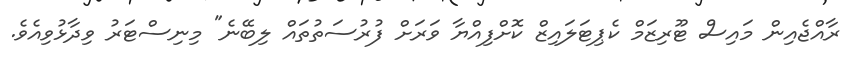
ރާއްޖެއިން މައިސް ޓޫރިޒަމް ކެޕިޓަލައިޒް ކޮށްފިއްޔާ ވަރަށް ފުރުސަތުތައް ލިބޭނެ" މިނިސްޓަރު ވިދާޅުވިއެވެ.